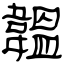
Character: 韞